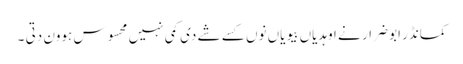
کمانڈر ابو ضرار نے اوہدیاں بیویاں نوں کسے شے دی کمی نہیں محسوس ہوون دتی ۔